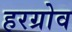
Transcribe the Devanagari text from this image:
हरग्रोव